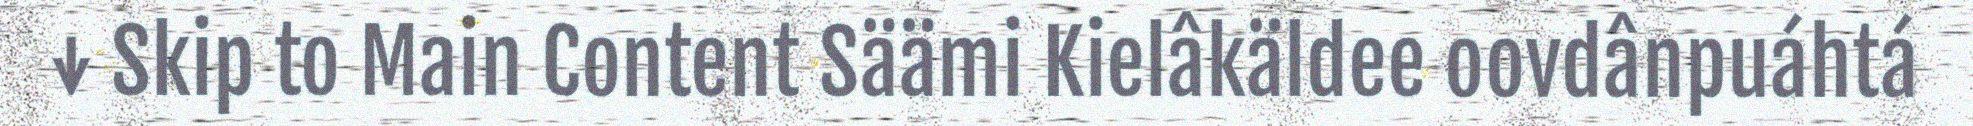
↓ Skip to Main Content Säämi Kielâkäldee oovdânpuáhtá